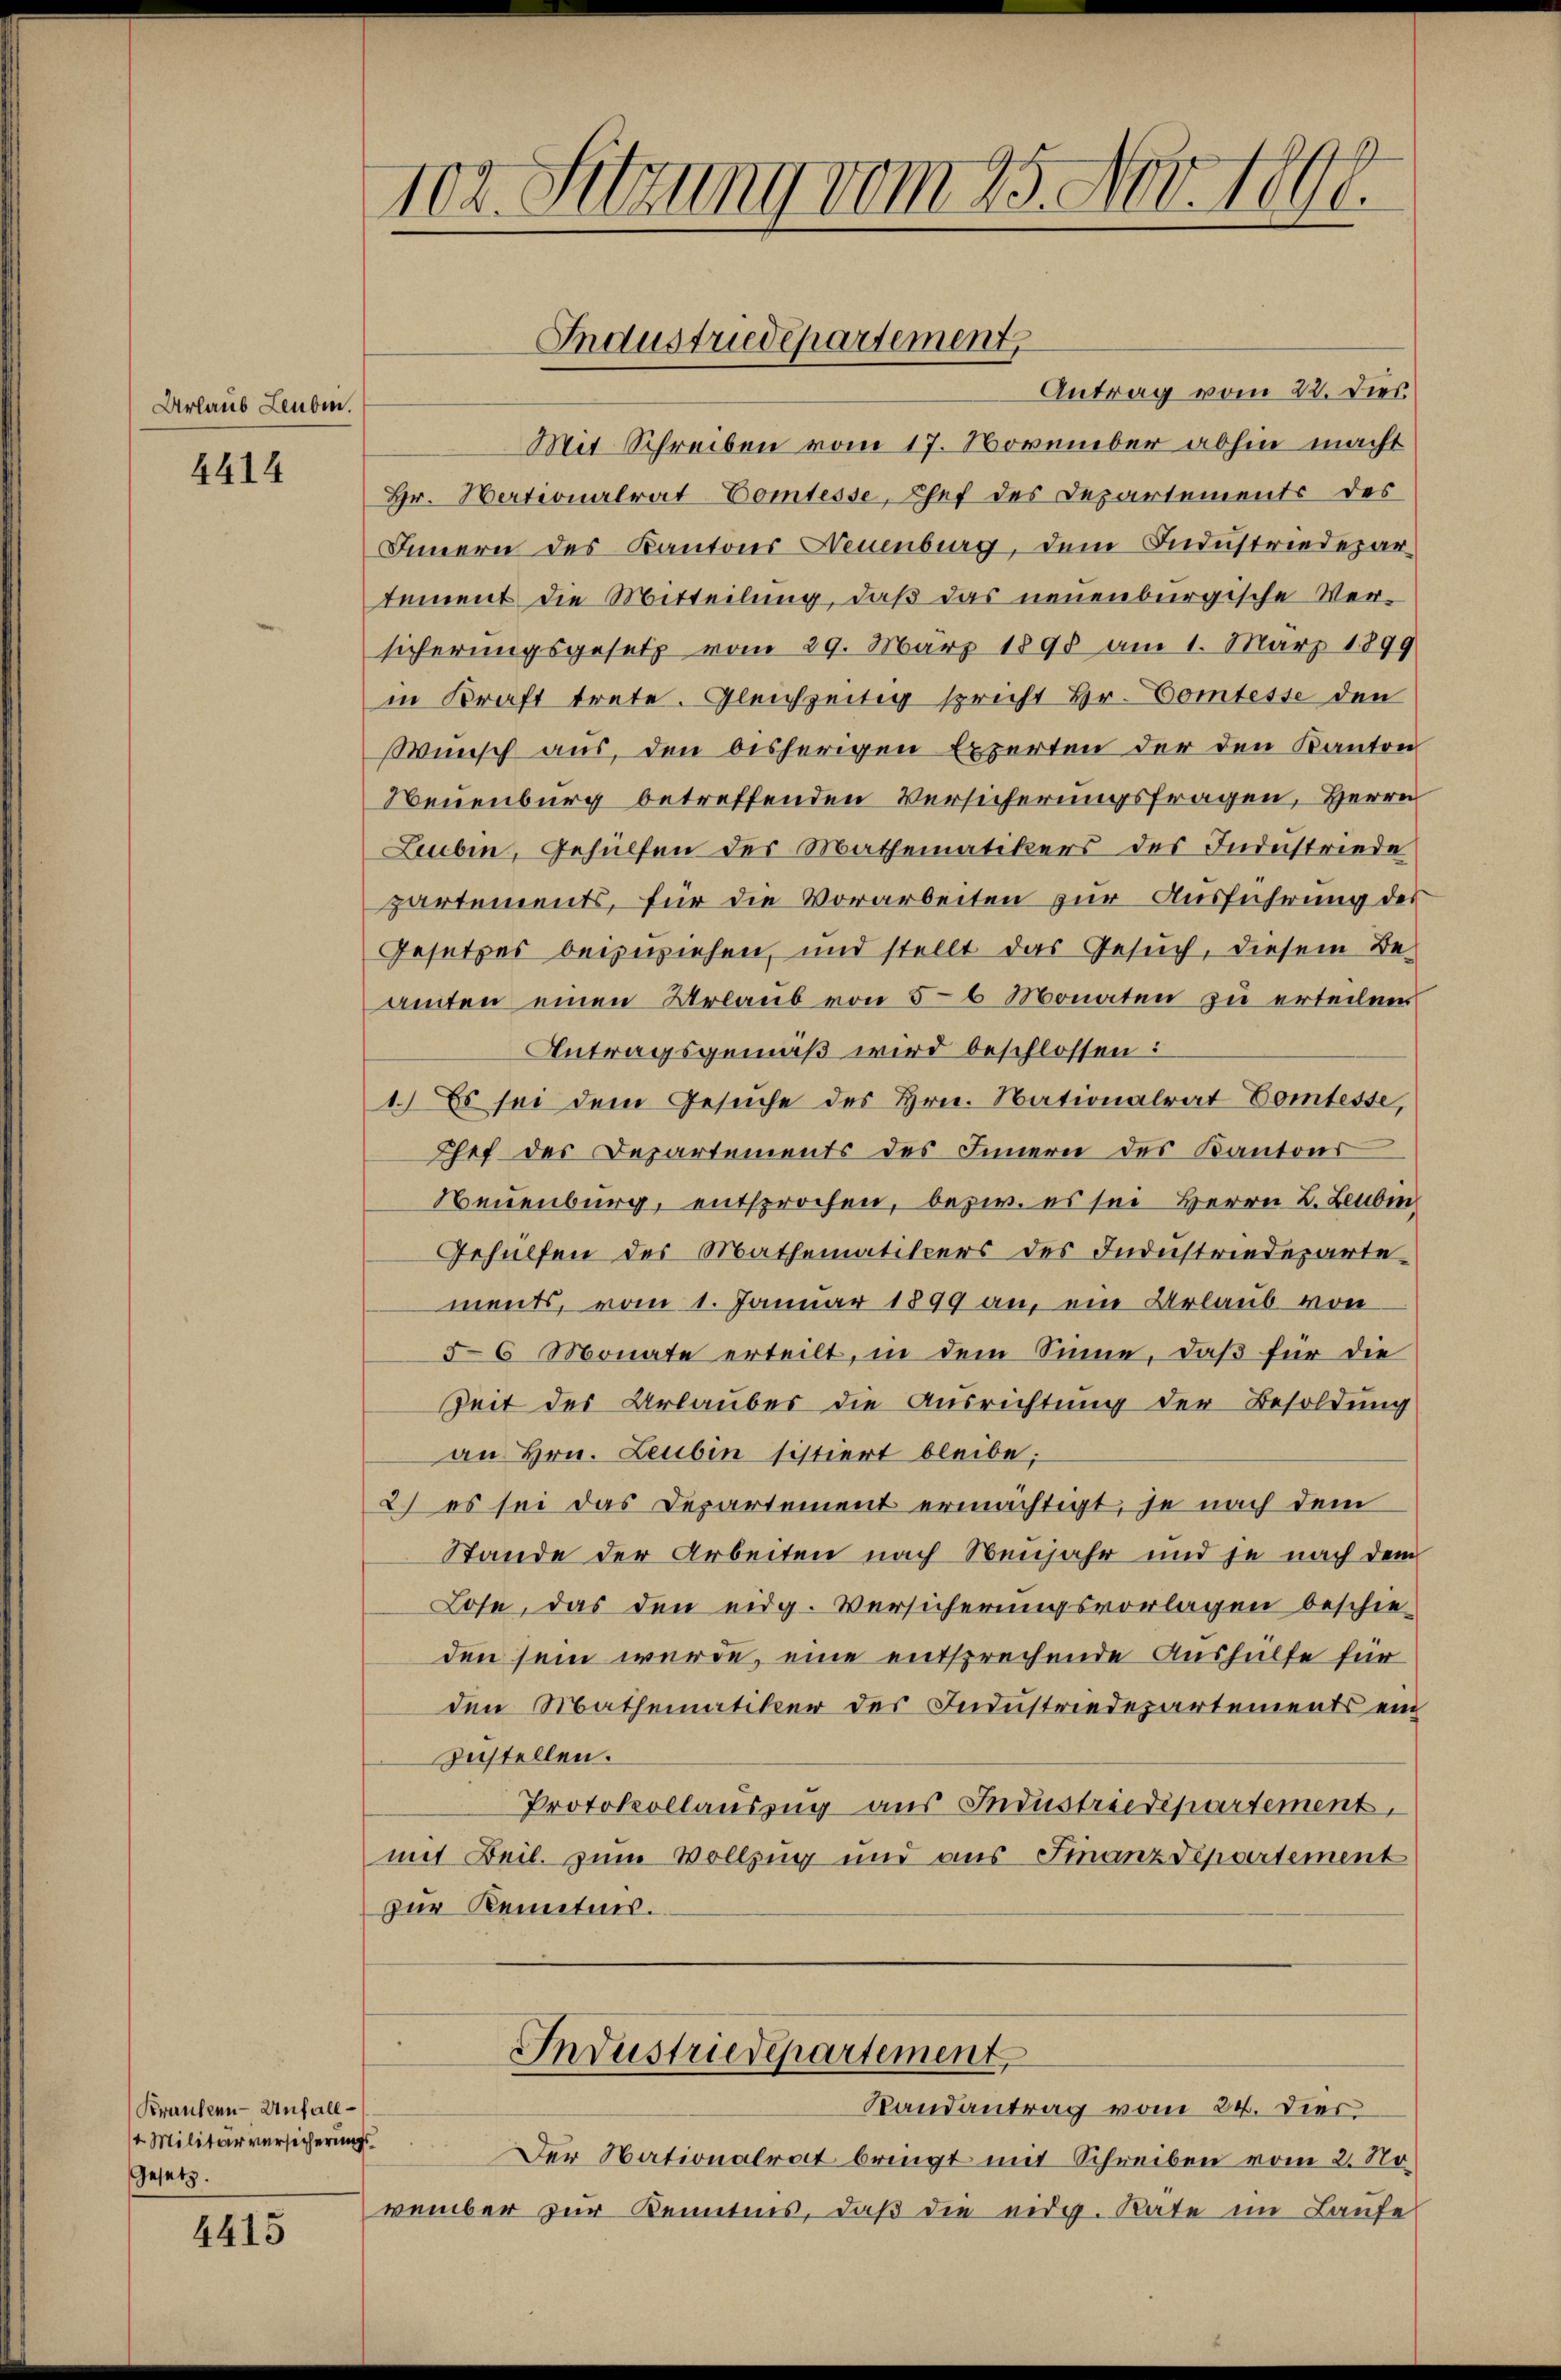
Urlaub Leubin.

4414

Krankenn-Unfall¬
 Militärversicherungs
Gesetz.

4415

102. Sitzung vom 25. Nov. 1890.

Antrag vom 22. Dies
Mit Schreiben vom 17. November abhin macht
Hr. Bertionalrat Comtesse, Chef des Departements des
Innern des Kantons Neuenburg, dem Industriedepar
tement die Mitteilung, daß das neuenburgische Versicherungsgesetz vom 29. März 1895 am 1. März 1899
in Kraft trete. Gleichzeitig spricht Hr. Comtesse den
Wunsch aus, den bisherigen Experten der den Kanton
Neuenburg betreffenden Versicherungsfragen, Herrn
Leubin, Gehülfen des Mathematikers des Industriede
partements, für die Vorarbeiten zur Ausführung des
Gesetzes beizuziehen, und stellt das Gesuch, diesem Be-
amten einen Urlaub von 5-6 Monaten zu erteilen
Antragsgemäß wird beschlossen:
1.) Es sei dem Gesuche des Hrn. Nationalrat Comtesse,
Chef des Departements des Innern des Kantons
Neuenburg, entsprochen, bezw. es sei Herrn L. Leubin
Gehülfen des Mathematikers des Industriedepartements, vom 1. Januar 1899 an, ein Urlaub von
56 Monate erteilt, in dem Sinne, daß für die
Zeit des Urlaubes die Ausrichtung der Besoldung
an Hrn. Leubin sistiert bleibe;
2) es sei das Departement ermächtigt, je nach dem
Stande der Arbeiten nach Neujahr und je nach dem
Lose, das den eidg. Versicherungsvorlagen beschie-
den sein werde, eine entsprechende Aushülfe für
den Mathematiker des Industriedepartements ein
zustellen.
Protokollauszug aus Industriedepartement,
mit Beil. zum Vollzug und aus Finanzdepartement
zur Kenntnis.

Industriedepartement,

Industriedepartement,

Randantrag vom 24. Dies
Der Nationalrat bringt mit Schreiben vom 2. November zur Kenntnis, daß die eidg. Rate im Laufe